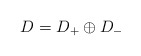
\begin{align*} D = D_+ \oplus D_-\end{align*}